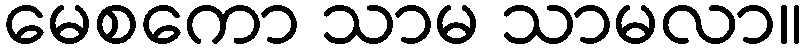
မေစကော သာမ သာမလာ။